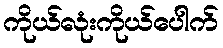
ကိုယ်လုံးကိုယ်ပေါက်